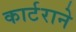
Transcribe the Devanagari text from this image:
कार्टराने